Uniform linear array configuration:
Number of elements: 48
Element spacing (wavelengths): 0.75
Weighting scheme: exponential
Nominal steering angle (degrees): -60
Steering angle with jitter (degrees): -59.665
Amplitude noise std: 0.05
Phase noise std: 0.05

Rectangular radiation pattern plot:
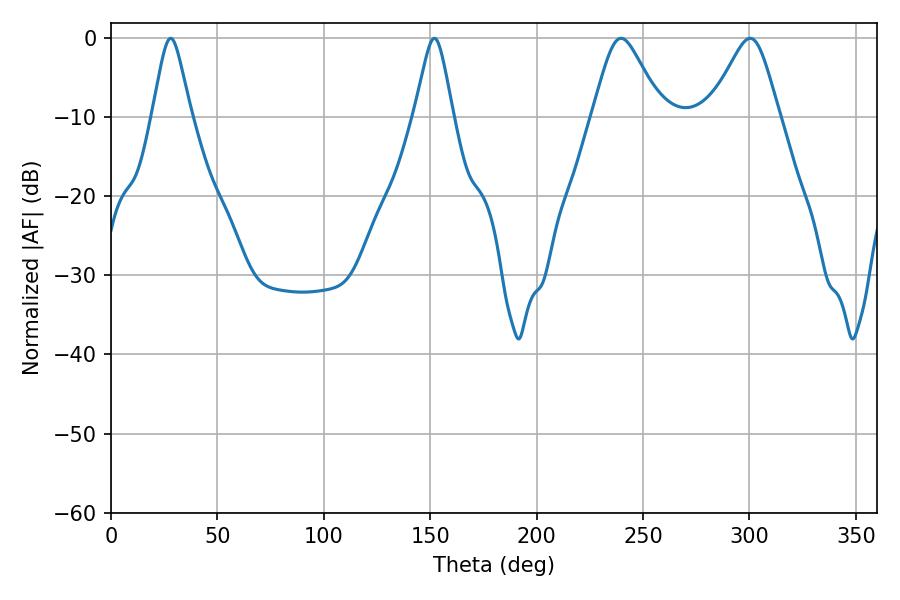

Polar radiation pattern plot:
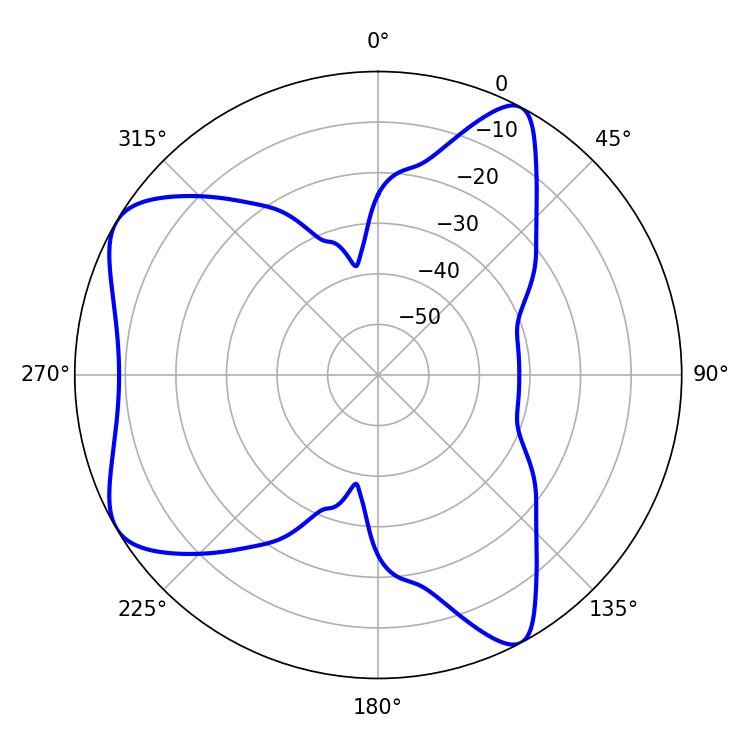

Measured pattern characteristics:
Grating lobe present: TRUE
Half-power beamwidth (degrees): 8.64
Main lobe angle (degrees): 28.08